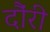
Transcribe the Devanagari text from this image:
दौंरी